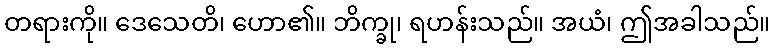
တရားကို။ ဒေသေတိ၊ ဟော၏။ ဘိက္ခု၊ ရဟန်းသည်။ အယံ၊ ဤအခါသည်။